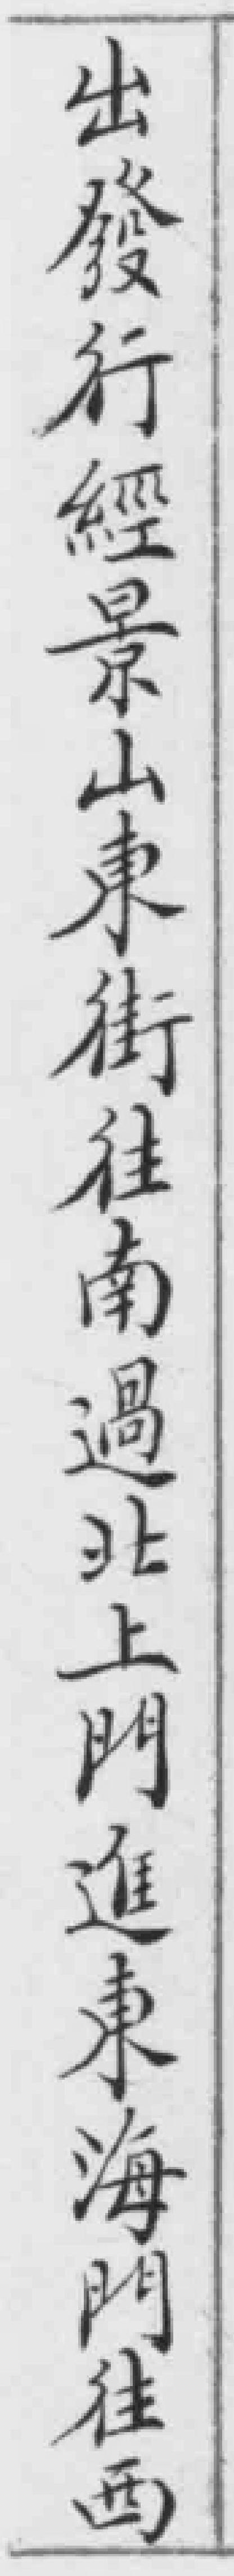
出發行經景山東街往南過北上門進東海門往西